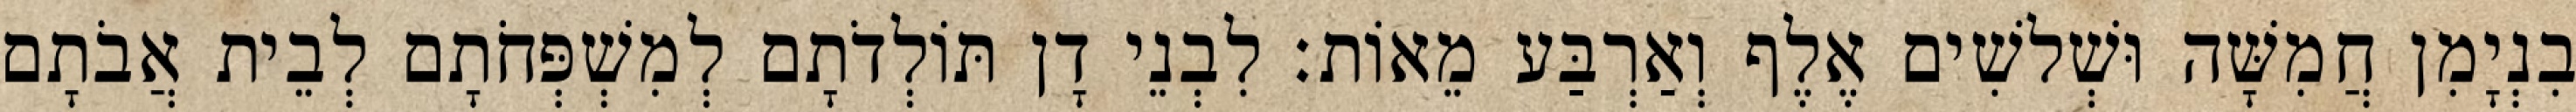
בִנְיָמִן חֲמִשָּׁה וּשְׁלשִׁים אֶלֶף וְאַרְבַּע מֵאוֹת׃ לִבְנֵי דָן תּוֹלְדֹתָם לְמִשְׁפְּחֹתָם לְבֵית אֲבֹתָם